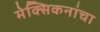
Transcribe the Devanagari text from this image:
मेक्सिकनांचा